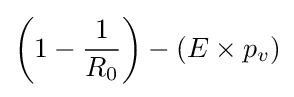
\left(1-{\frac {1}{R_{0}}}\right)-(E\times p_{v})